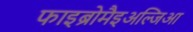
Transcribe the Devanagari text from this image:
फाइब्रोमैइअल्जिआ